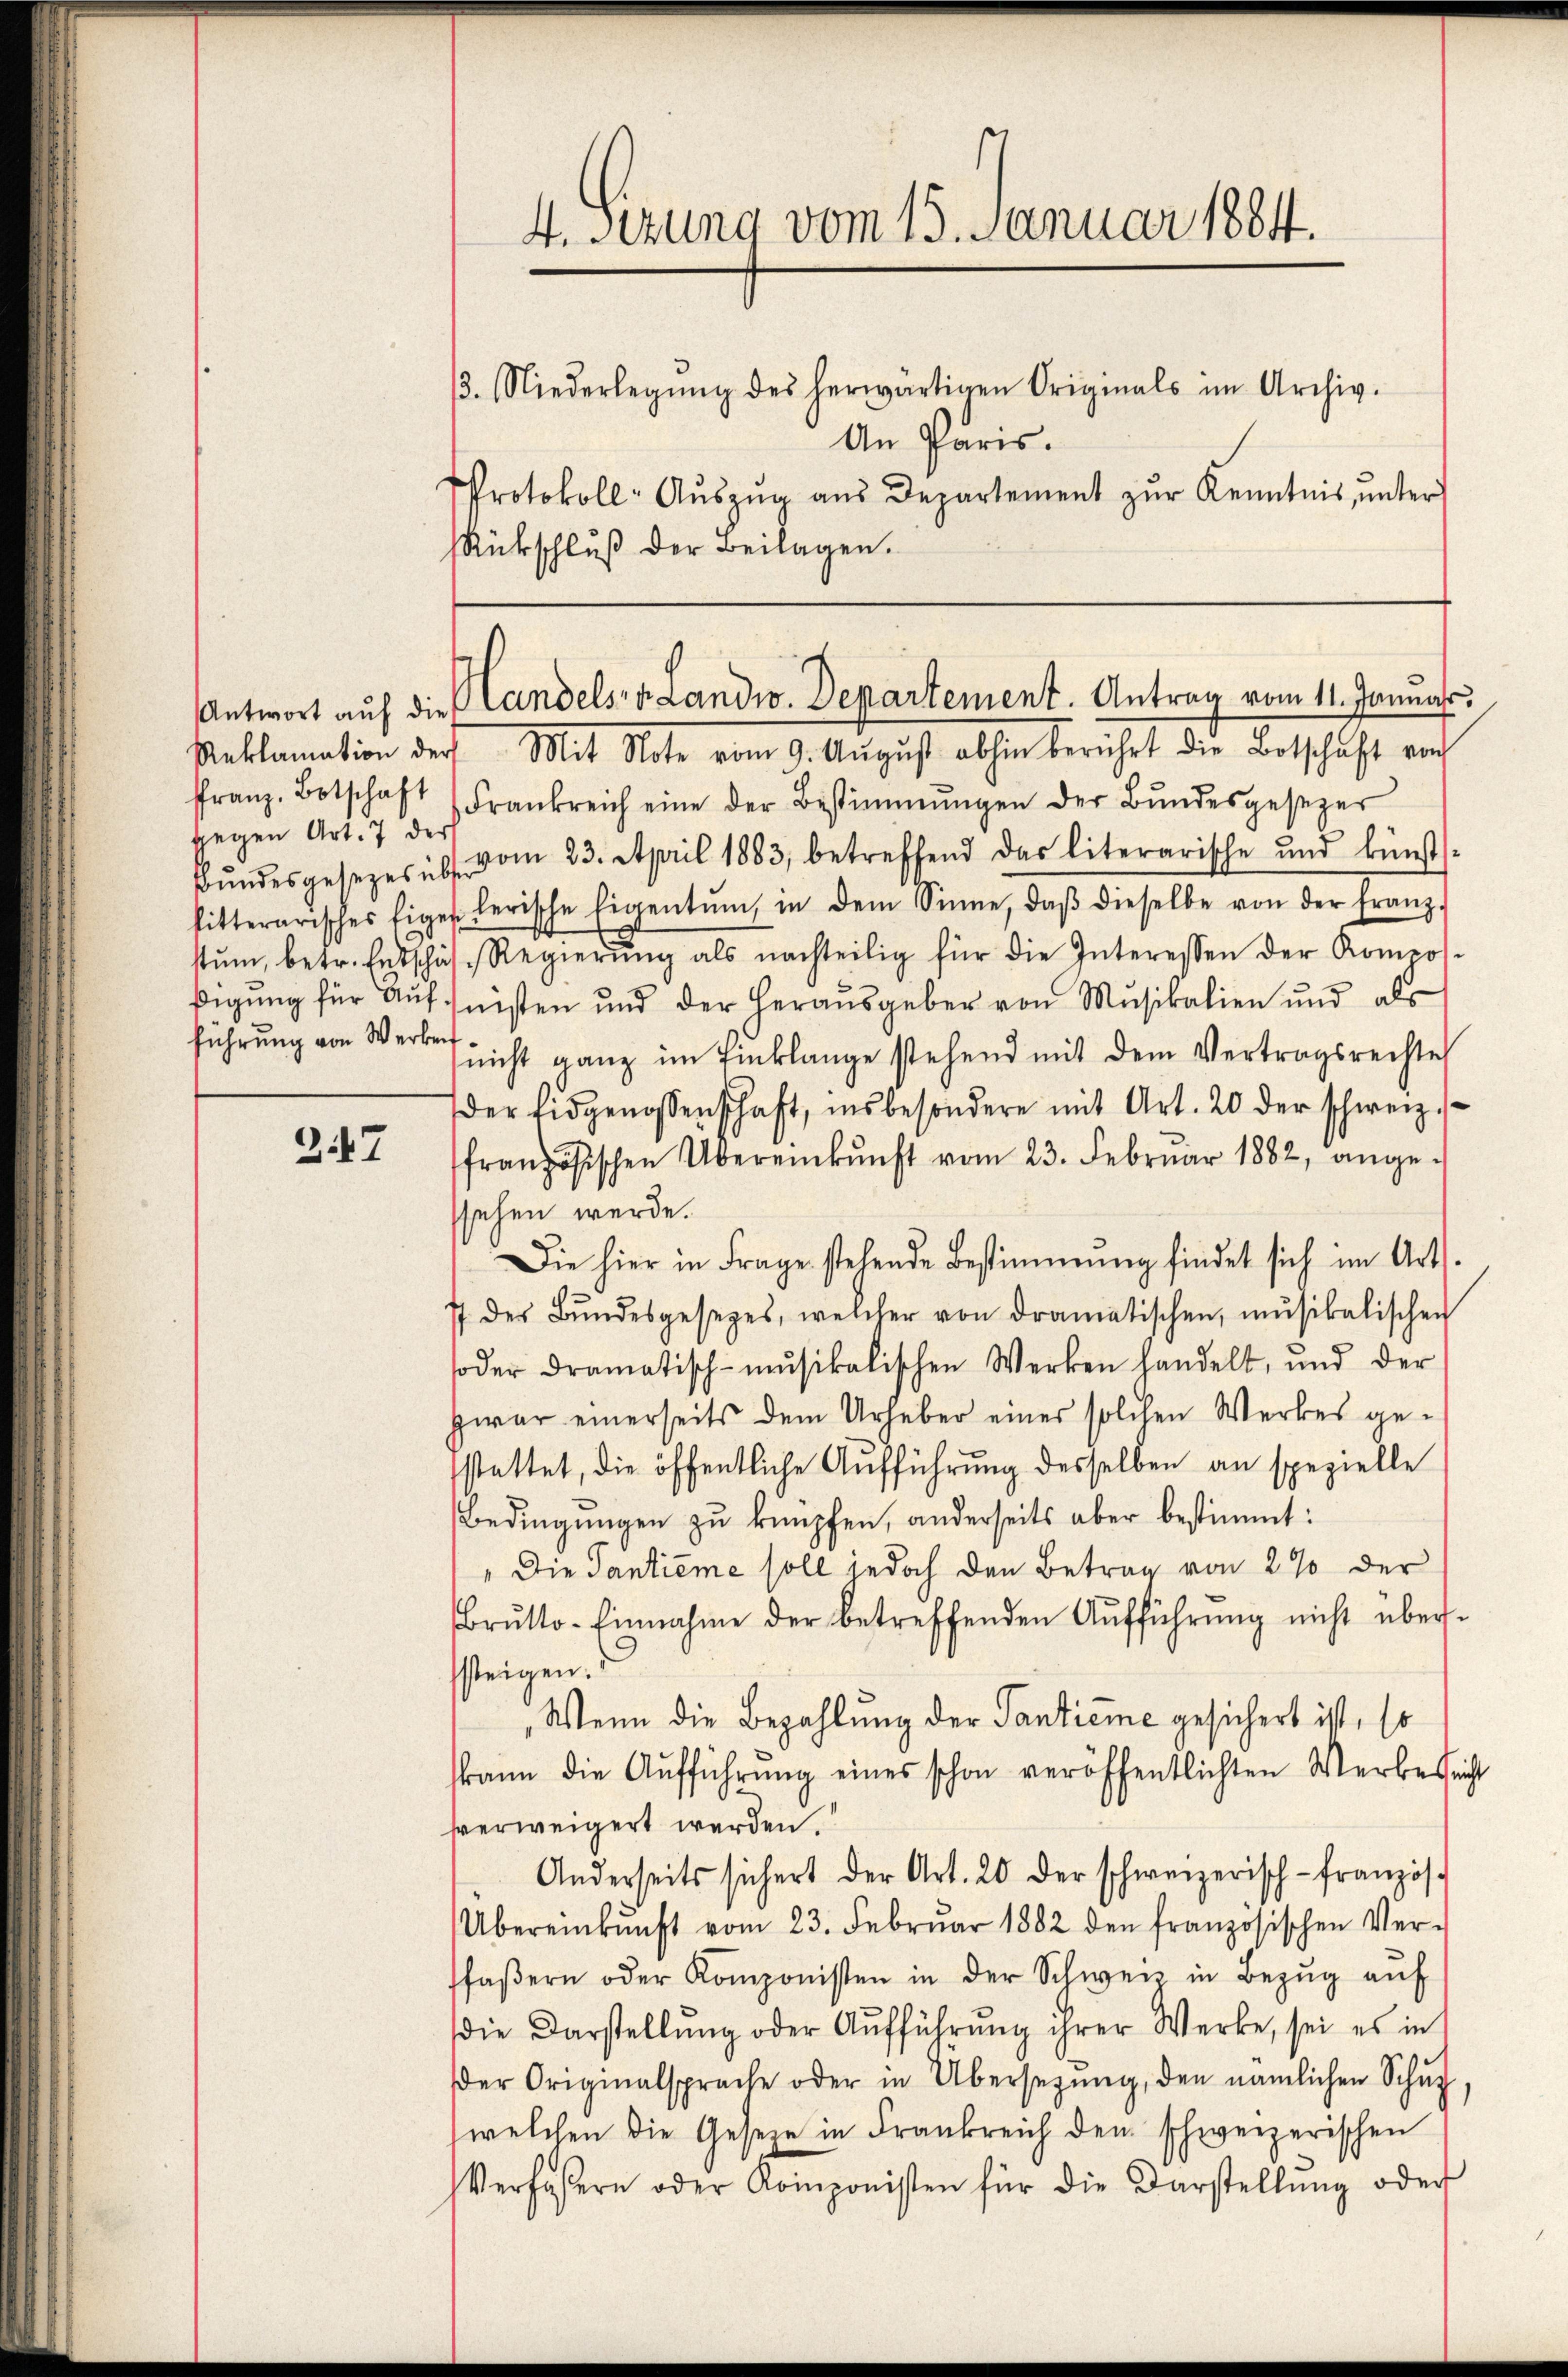
347

gegen Art. 7 der
führung von Werken

RRückschluß der Beilagen.

4. sezung vom 15. Januar 1884.
13. Niederlegŭng des herwärtigen Originals im Archiv.
An Paris.
Protokoll-Aŭszŭg aŭs Departement zŭr Kenntnis, ŭnter

Reklamation der Mit Note vom 9. August abhin berührt die Botschäft auch
ffranz Botschaft (Frankreich eine der Bestimmungen der Bŭndesgesezer
Bŭndesgesezes üb. vom 23. April 1883, betreffend das literarische und künst-
fitterarisches Eigen derische Eigentum, in dem Sinne, daβ dieselbe von der Franz-
stŭm, betr. Entschäf-Regierŭng als nachteilig für die Interessen der Romeos-
digŭng für Aŭfseisten und der heraŭsgeber von Mŭsikalien und als
(nicht ganz im Einklange stehend mit dem Vertragsrechte
der Eidgenossenschaft, insbesondere mit Art. 20 der schweiz.
ffranzösischen Übereinkŭnft vom 23. Februar 1882, ange-
ssehen werde.
Die hier in Frage stehende Bestimmung findet sich im Art.
77 des Bŭndesgesezes, welcher von dramatischen, mŭsikalischen
oder dramatisch-mŭsikalischen Werken handelt, und der
zwar einerseits dem Urheber einer solchen Werkes ge-
sstattet, die öffentliche Aufführung desselben an spezielle
Bedingungen zu knüpfen, anderseits aber bestimmt:
"Die Tantieme soll jedoch den Betrag von 2 % der
Brŭtto-Einnahme der betreffenden Aŭfführŭng nicht über-
ssteigen.
Wenn die Bezahlung der Santieme gesichert ist, so
kann die Aŭfführŭng eines schon veröffentlichten Werbes richt
sverweigert werden.
Anderseits sichert der Art. 20 der schweizerisch-Französ.
Übereinkunft vom 23. Febrŭar 1882 den französischen Ver-
ffaβern oder Komponisten in der Schweiz in Bezŭg aŭf
die Darstellŭng oder Aŭfführung ihrer Werke, sei es in
der Originalsprache oder in Übersetzŭng, den nämlichen Schŭl
welchen die Gesetze in Frankreich den schweizerischen
Verfasern oder Komponisten für die Darstellŭng oder

Antwort auf die Handels v. Landw. Departement. Antrag vom 11. Januar